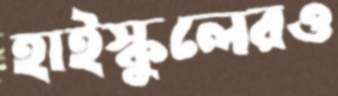
হাইস্কুলেরও